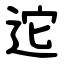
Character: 迱